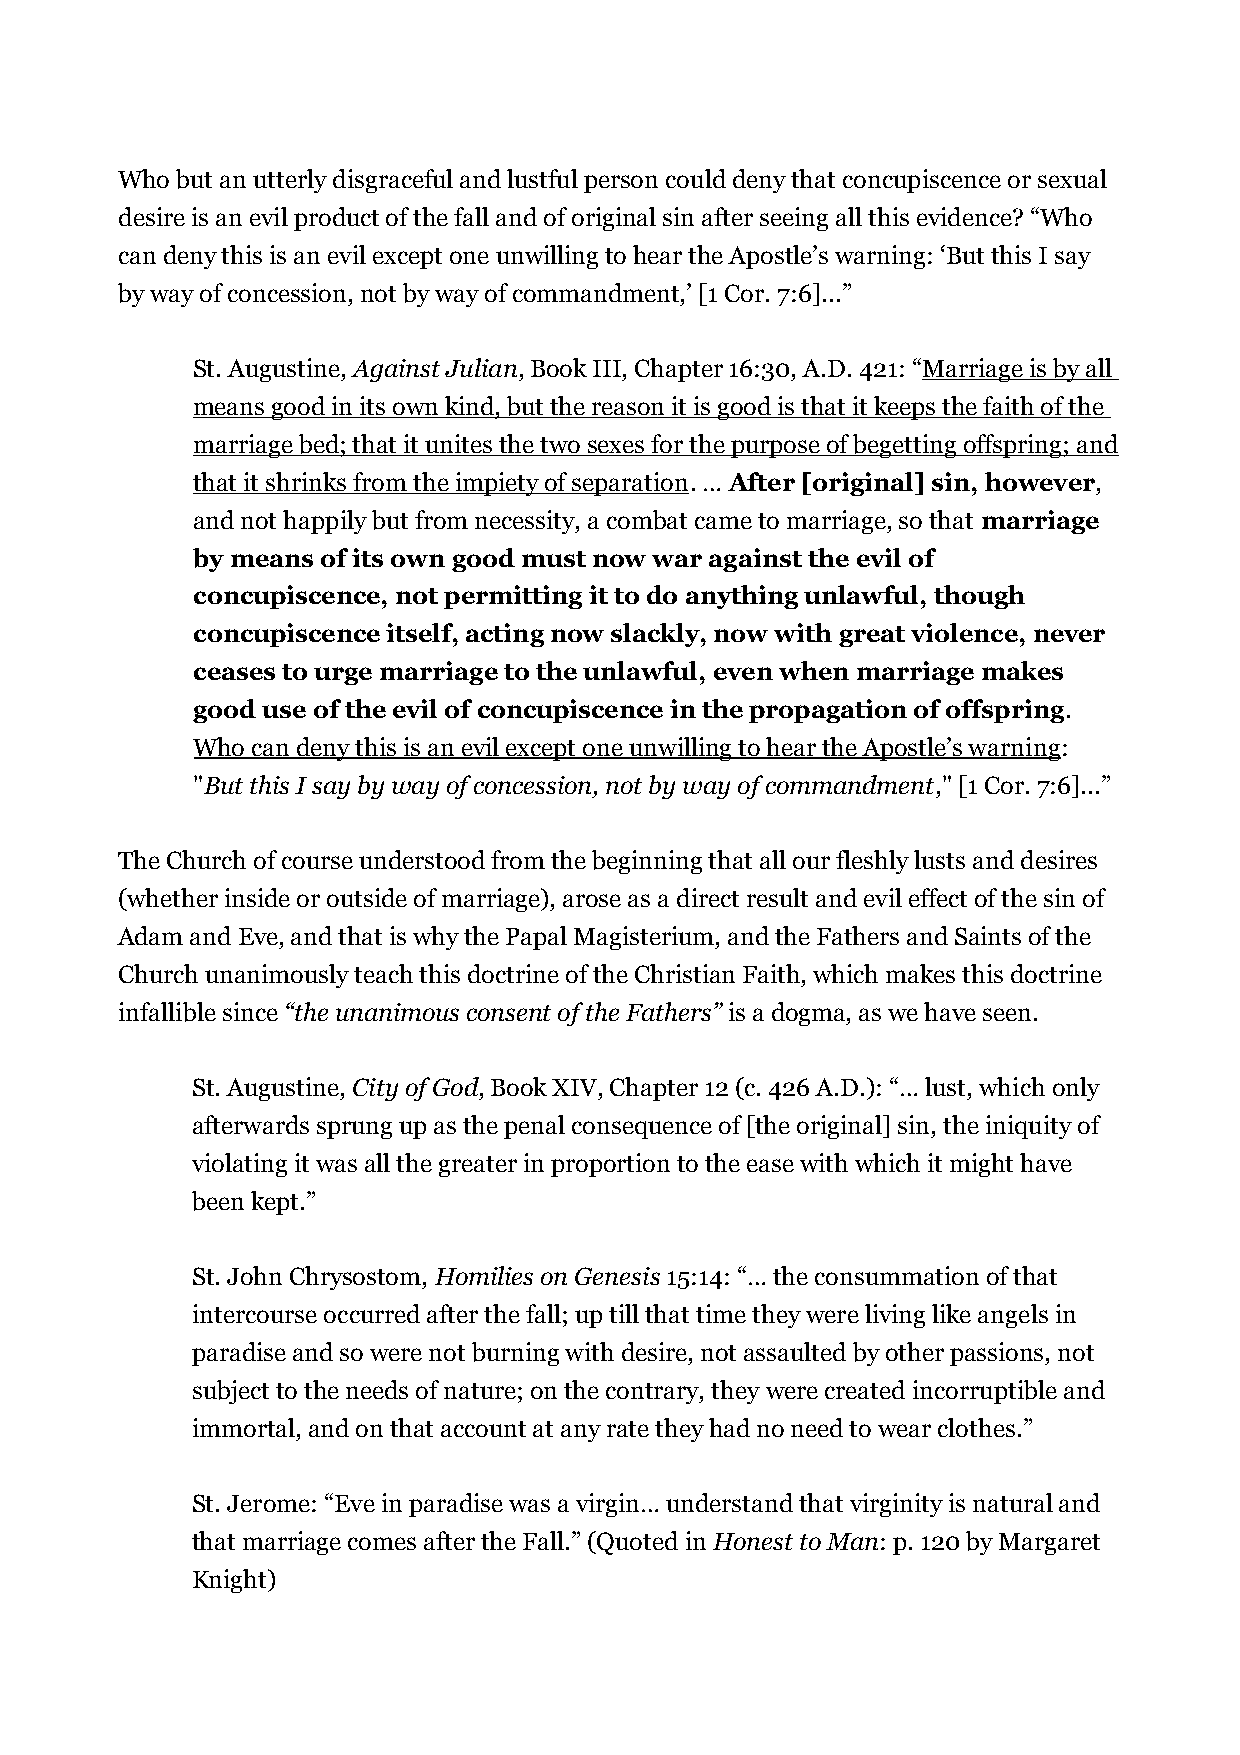
Who but an utterly disgraceful and lustful person could deny that concupiscence or sexual
 desire is an evil product of the fall and of original sin after seeing all this evidence? “Who
 can deny this is an evil except one unwilling to hear the Apostle’s warning: ‘But this I say
 by way of concession, not by way of commandment,’ [1 Cor. 7:6]...”
 St. Augustine, Against Julian, Book III, Chapter 16:30, A.D. 421: “Marriage is by all
 means good in its own kind, but the reason it is good is that it keeps the faith of the
 marriage bed; that it unites the two sexes for the purpose of begetting offspring; and
 that it shrinks from the impiety of separation. … After [original] sin, however,
 and not happily but from necessity, a combat came to marriage, so that marriage
 by means of its own good must now war against the evil of
 concupiscence, not permitting it to do anything unlawful, though
 concupiscence itself, acting now slackly, now with great violence, never
 ceases to urge marriage to the unlawful, even when marriage makes
 good use of the evil of concupiscence in the propagation of offspring.
 Who can deny this is an evil except one unwilling to hear the Apostle’s warning:
 "But this I say by way of concession, not by way of commandment," [1 Cor. 7:6]...”
 The Church of course understood from the beginning that all our fleshly lusts and desires
 (whether inside or outside of marriage), arose as a direct result and evil effect of the sin of
 Adam and Eve, and that is why the Papal Magisterium, and the Fathers and Saints of the
 Church unanimously teach this doctrine of the Christian Faith, which makes this doctrine
 infallible since “the unanimous consent of the Fathers” is a dogma, as we have seen.
 St. Augustine, City of God, Book XIV, Chapter 12 (c. 426 A.D.): “… lust, which only
 afterwards sprung up as the penal consequence of [the original] sin, the iniquity of
 violating it was all the greater in proportion to the ease with which it might have
 been kept.”
 St. John Chrysostom, Homilies on Genesis 15:14: “… the consummation of that
 intercourse occurred after the fall; up till that time they were living like angels in
 paradise and so were not burning with desire, not assaulted by other passions, not
 subject to the needs of nature; on the contrary, they were created incorruptible and
 immortal, and on that account at any rate they had no need to wear clothes.”
 St. Jerome: “Eve in paradise was a virgin… understand that virginity is natural and
 that marriage comes after the Fall.” (Quoted in Honest to Man: p. 120 by Margaret
 Knight)